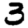
Digit: 3